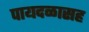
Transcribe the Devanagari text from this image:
पायदळासह